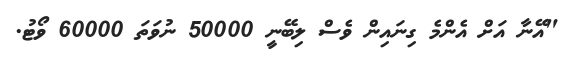
"އޭނާ އަށް އެންމެ ގިނައިން ވެސް ލިބޭނީ 50000 ނުވަތަ 60000 ވޯޓު.